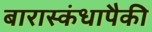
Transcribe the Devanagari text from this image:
बारास्कंधापैकी